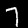
Digit: 7